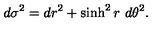
d \sigma ^ { 2 } = d r ^ { 2 } + \sinh ^ { 2 } r \ d \theta ^ { 2 } .